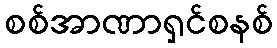
စစ်အာဏာရှင်စနစ်